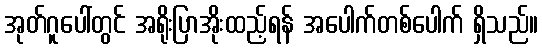
အုတ်ဂူပေါ်တွင် အရိုးပြာအိုးထည့်ရန် အပေါက်တစ်ပေါက် ရှိသည်။